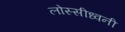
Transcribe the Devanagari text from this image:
लोस्सीध्वनी